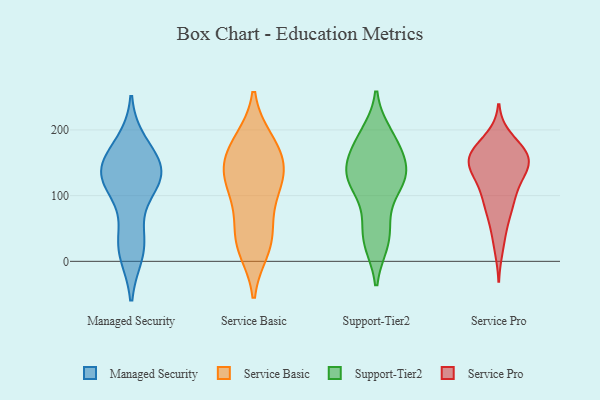
{"axis": {"x": "Backlog", "y": "Value"}, "legend": ["Managed Security", "Service Basic", "Service Pro", "Support-Tier2"], "data": [{"x": "", "y": 177, "type": "Managed Security"}, {"x": "", "y": 132, "type": "Managed Security"}, {"x": "", "y": 116, "type": "Managed Security"}, {"x": "", "y": 140, "type": "Managed Security"}, {"x": "", "y": 136, "type": "Managed Security"}, {"x": "", "y": 23, "type": "Managed Security"}, {"x": "", "y": 15, "type": "Managed Security"}, {"x": "", "y": 129, "type": "Managed Security"}, {"x": "", "y": 162, "type": "Managed Security"}, {"x": "", "y": 33, "type": "Managed Security"}, {"x": "", "y": 122, "type": "Managed Security"}, {"x": "", "y": 28, "type": "Service Basic"}, {"x": "", "y": 31, "type": "Service Basic"}, {"x": "", "y": 56, "type": "Service Basic"}, {"x": "", "y": 136, "type": "Service Basic"}, {"x": "", "y": 130, "type": "Service Basic"}, {"x": "", "y": 19, "type": "Service Basic"}, {"x": "", "y": 109, "type": "Service Basic"}, {"x": "", "y": 137, "type": "Service Basic"}, {"x": "", "y": 173, "type": "Service Basic"}, {"x": "", "y": 144, "type": "Service Basic"}, {"x": "", "y": 180, "type": "Service Basic"}, {"x": "", "y": 95, "type": "Service Basic"}, {"x": "", "y": 183, "type": "Service Basic"}, {"x": "", "y": 124, "type": "Support-Tier2"}, {"x": "", "y": 182, "type": "Support-Tier2"}, {"x": "", "y": 32, "type": "Support-Tier2"}, {"x": "", "y": 62, "type": "Support-Tier2"}, {"x": "", "y": 149, "type": "Support-Tier2"}, {"x": "", "y": 130, "type": "Support-Tier2"}, {"x": "", "y": 105, "type": "Support-Tier2"}, {"x": "", "y": 134, "type": "Support-Tier2"}, {"x": "", "y": 182, "type": "Support-Tier2"}, {"x": "", "y": 134, "type": "Support-Tier2"}, {"x": "", "y": 30, "type": "Support-Tier2"}, {"x": "", "y": 130, "type": "Support-Tier2"}, {"x": "", "y": 192, "type": "Support-Tier2"}, {"x": "", "y": 181, "type": "Support-Tier2"}, {"x": "", "y": 36, "type": "Support-Tier2"}, {"x": "", "y": 130, "type": "Support-Tier2"}, {"x": "", "y": 166, "type": "Service Pro"}, {"x": "", "y": 151, "type": "Service Pro"}, {"x": "", "y": 154, "type": "Service Pro"}, {"x": "", "y": 131, "type": "Service Pro"}, {"x": "", "y": 88, "type": "Service Pro"}, {"x": "", "y": 149, "type": "Service Pro"}, {"x": "", "y": 131, "type": "Service Pro"}, {"x": "", "y": 187, "type": "Service Pro"}, {"x": "", "y": 177, "type": "Service Pro"}, {"x": "", "y": 158, "type": "Service Pro"}, {"x": "", "y": 49, "type": "Service Pro"}, {"x": "", "y": 21, "type": "Service Pro"}, {"x": "", "y": 110, "type": "Service Pro"}, {"x": "", "y": 100, "type": "Service Pro"}, {"x": "", "y": 71, "type": "Service Pro"}, {"x": "", "y": 136, "type": "Service Pro"}, {"x": "", "y": 88, "type": "Service Pro"}, {"x": "", "y": 155, "type": "Service Pro"}, {"x": "", "y": 159, "type": "Service Pro"}, {"x": "", "y": 165, "type": "Service Pro"}]}